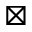
\boxtimes